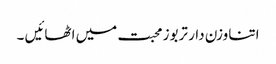
اتنا وزن دار تربوز محبت میں اٹھائیں ۔